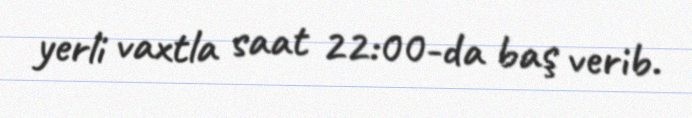
yerli vaxtla saat 22:00-da baş verib.